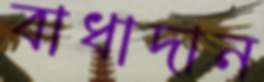
বাধাদান